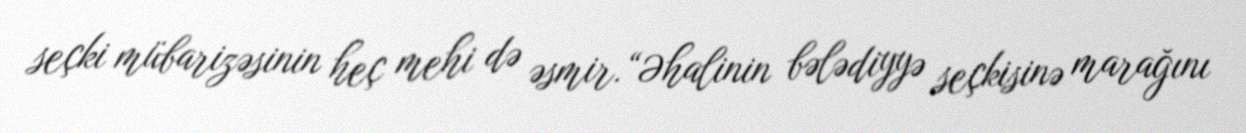
seçki mübarizəsinin heç mehi də əsmir.“Əhalinin bələdiyyə seçkisinə marağını